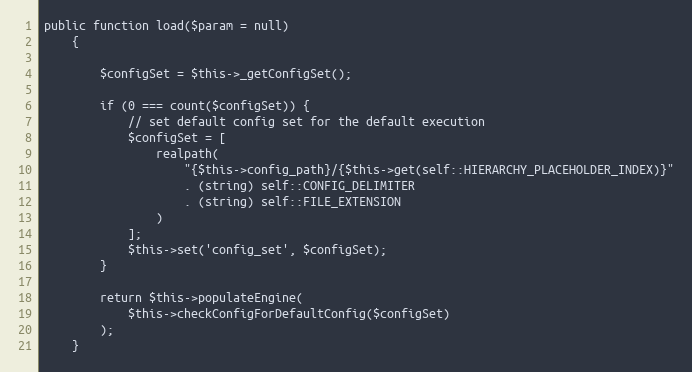
Language: PHP
public function load($param = null)
    {

        $configSet = $this->_getConfigSet();

        if (0 === count($configSet)) {
            // set default config set for the default execution
            $configSet = [
                realpath(
                    "{$this->config_path}/{$this->get(self::HIERARCHY_PLACEHOLDER_INDEX)}"
                    . (string) self::CONFIG_DELIMITER
                    . (string) self::FILE_EXTENSION
                )
            ];
            $this->set('config_set', $configSet);
        }

        return $this->populateEngine(
            $this->checkConfigForDefaultConfig($configSet)
        );
    }